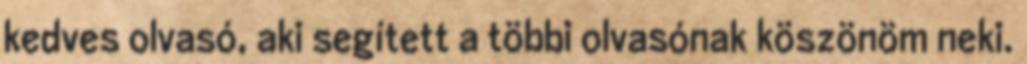
kedves olvasó, aki segített a többi olvasónak köszönöm neki.